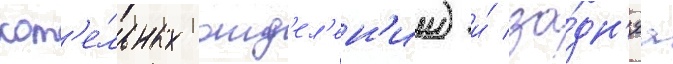
кот'е́льных отд'ел'ен'ии) и́ за́дн'яа